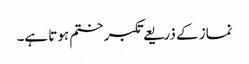
نماز کے ذریعے تکبر ختم ہوتا ہے۔